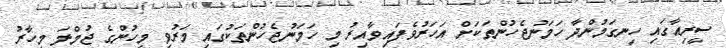
ސީރިއާގައި ހިނގަމުންދާ ހަމަނުޖެހުންތަކަށް އަހަރުވެފައިވާއިރު މި ހަމަނުޖެހުންތަކުގައި މަރުވި މީހުންގެ ޖުމްލަ މިހާރު